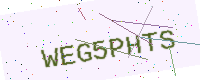
Text: WEG5PHTS